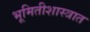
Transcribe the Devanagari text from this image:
भूमितीशास्त्रात